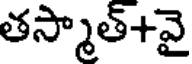
తస్మాత్+వై